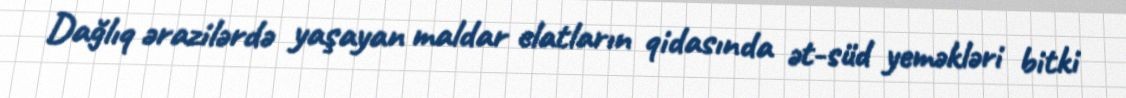
Dağlıq ərazilərdə yaşayan maldar elatların qidasında ət-süd yeməkləri bitki